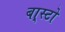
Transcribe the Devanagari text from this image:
बा्स्टो